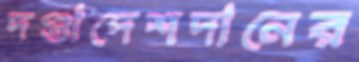
দণ্ডাদেশদানের